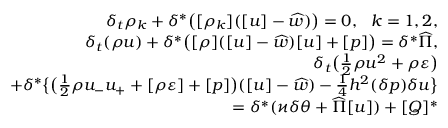
\begin{array} { r } { \delta _ { t } \rho _ { k } + \delta ^ { * } \big ( [ \rho _ { k } ] ( [ u ] - \widehat { w } ) \big ) = 0 , \ \ k = 1 , 2 , } \\ { \delta _ { t } ( \rho u ) + \delta ^ { * } \big ( [ \rho ] ( [ u ] - \widehat { w } ) [ u ] + [ p ] \big ) = \delta ^ { * } \widehat { \Pi } , } \\ { \delta _ { t } \big ( \frac 1 2 \rho u ^ { 2 } + \rho \varepsilon \big ) } \\ { + \delta ^ { * } \big \{ \big ( \frac 1 2 \rho u _ { - } u _ { + } + [ \rho \varepsilon ] + [ p ] \big ) ( [ u ] - \widehat { w } ) - \frac 1 4 h ^ { 2 } ( \delta p ) \delta u \big \} } \\ { = \delta ^ { * } ( \varkappa \delta \theta + \widehat { \Pi } [ u ] ) + [ Q ] ^ { * } } \end{array}